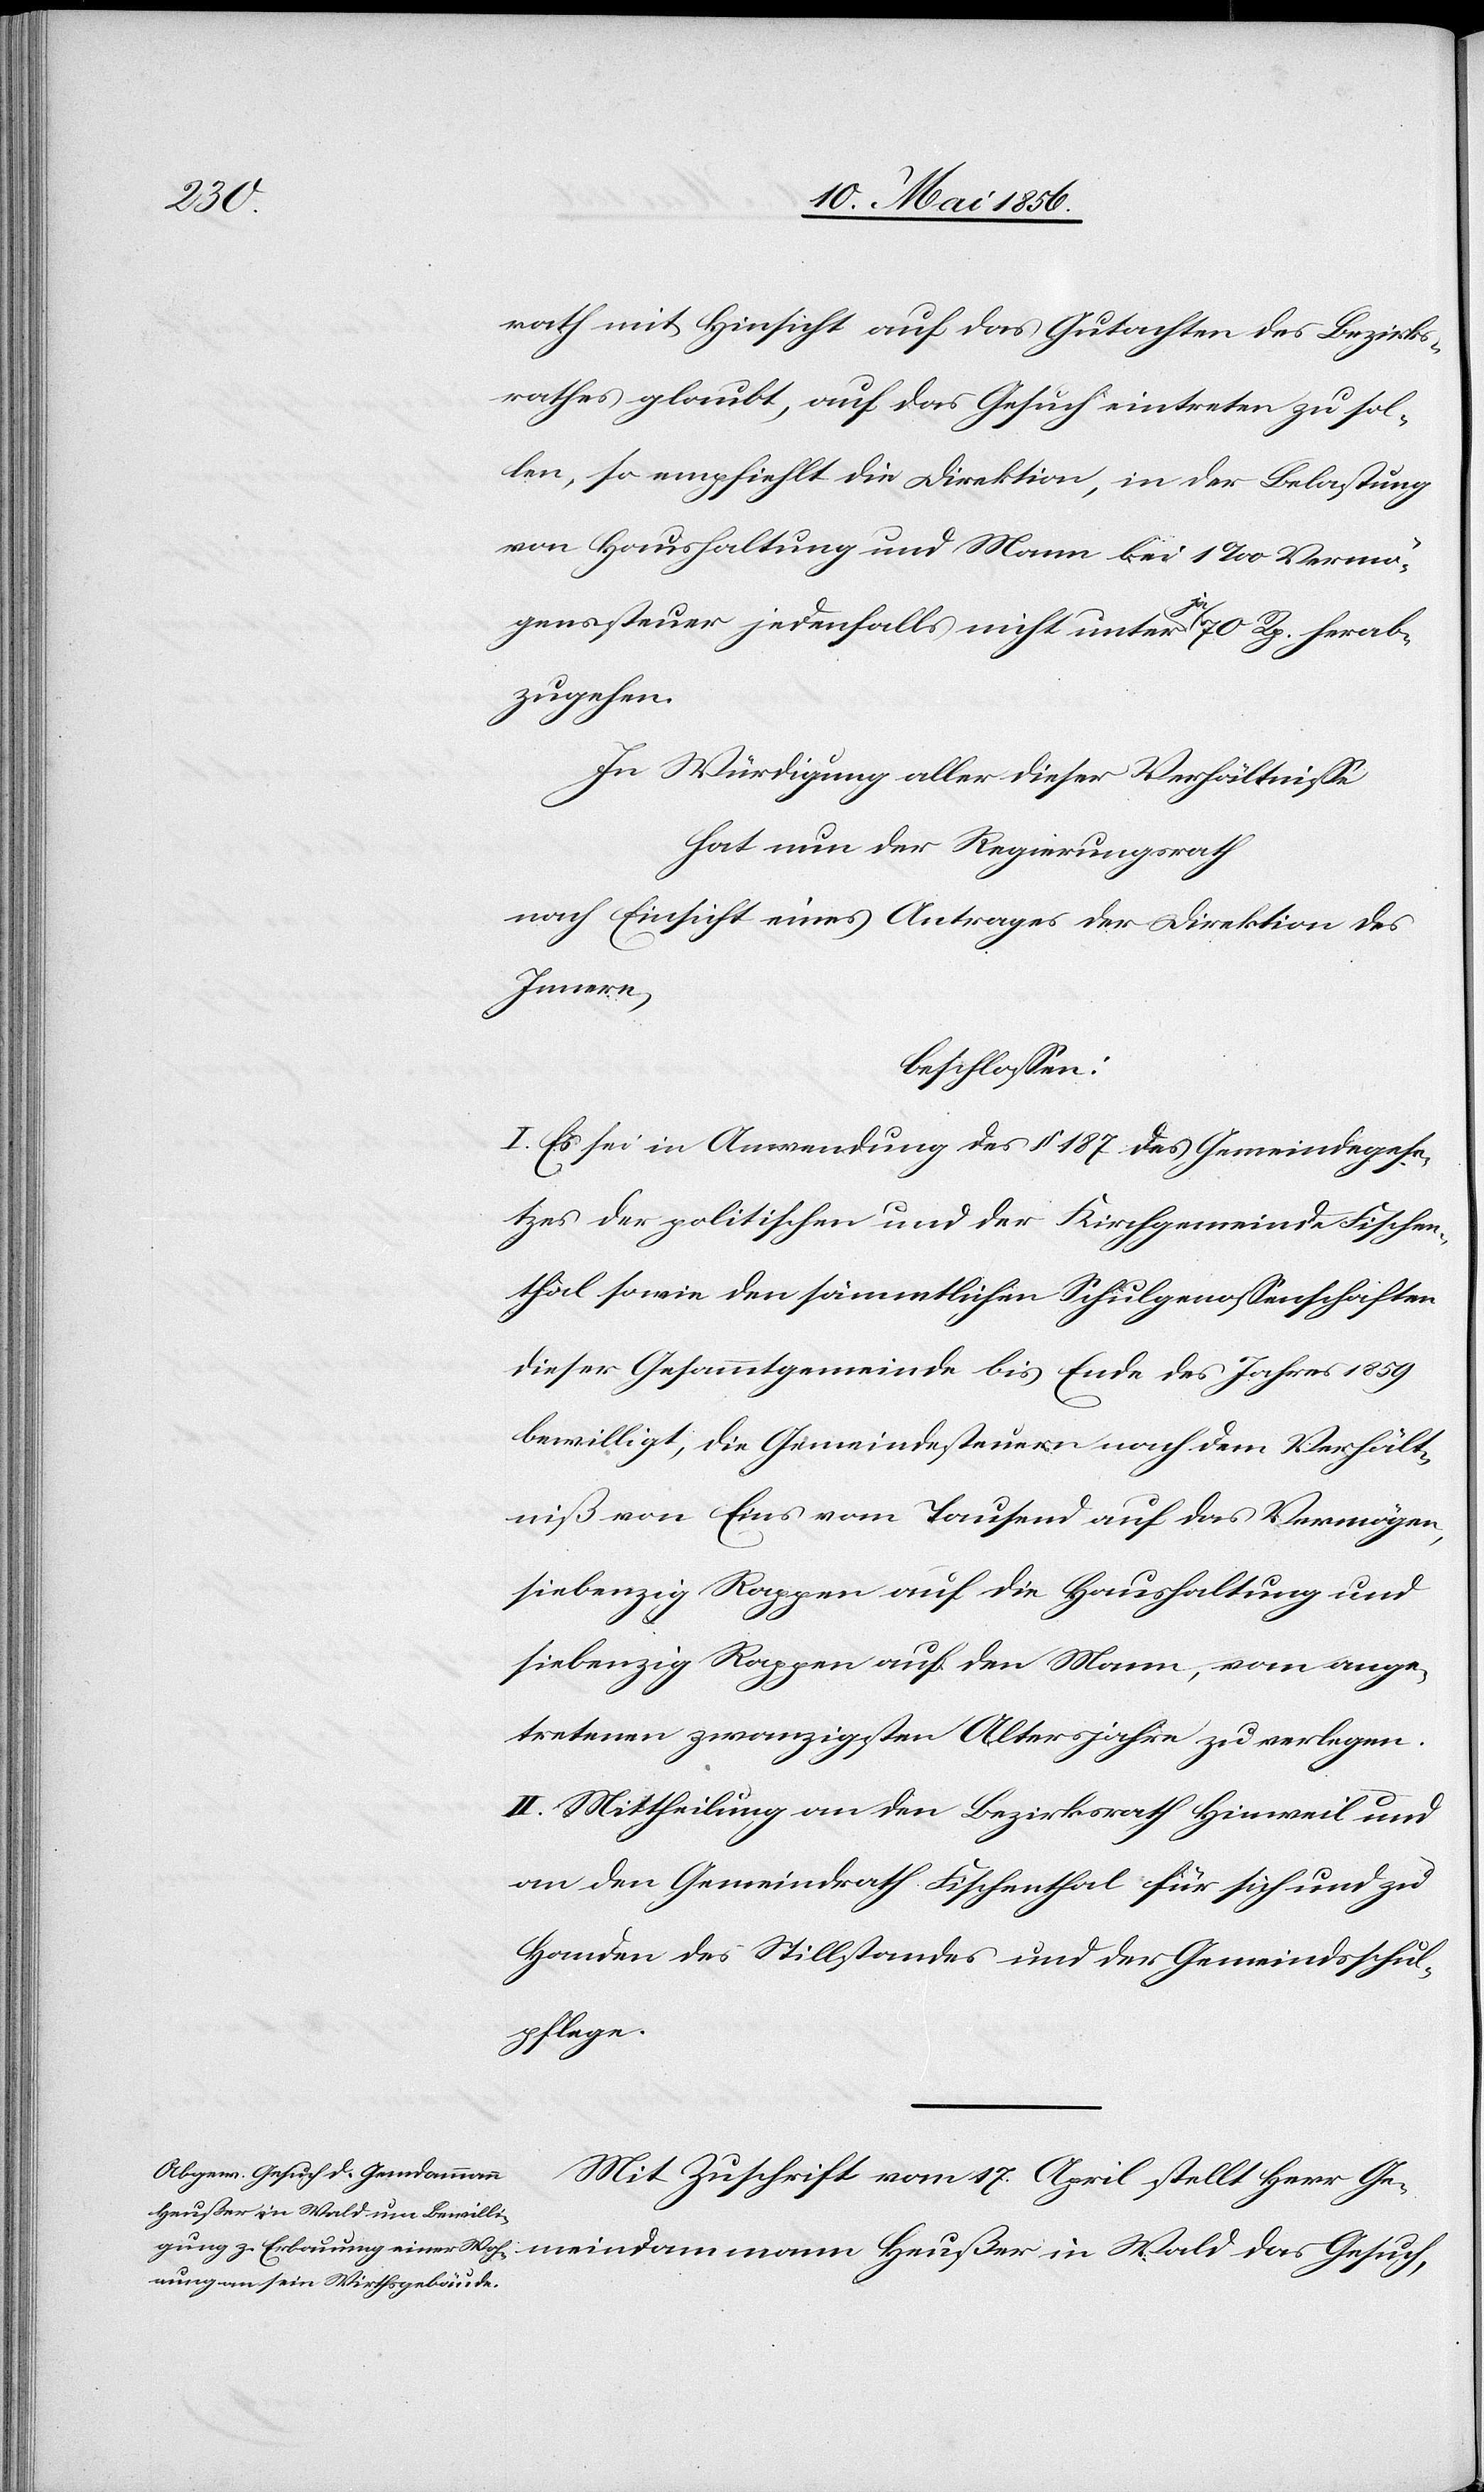
Wald

rath mit Hinsicht auf das Gutachten des Bezirks¬
rathes glaubt, auf das Gesuch eintreten zu sol¬
len, so empfiehlt die Direktion, in der Belastung
von Haushaltung und Mann bei 1 ‰ Vermö¬
genssteuer jedenfalls nicht unter ajea 70 Rp. herab¬
zugehen.
In Würdigung aller dieser Verhältnisse
hat nun der Regierungsrath
nach Einsicht eines Antrages der Direktion des
Innern,
beschlossen:
I. Es sei in Anwendung des § 187 des Gemeindegese¬
tzes der politischen und der Kirchgemeinde Fischen¬
thal sowie den sämmtlichen Schulgenossenschaften
dieser Gesammtgemeinde bis Ende des Jahres 1859
bewilligt, die Gemeindesteuern nach dem Verhält¬
niß von Eins vom Tausend auf das Vermögen,
siebenzig Rappen auf die Haushaltung und
siebenzig Rappen auf den Mann, vom ange¬
tretenen zwanzigsten Altersjahre zu verlegen.
II. Mittheilung an den Bezirksrath Hinweil und
an den Gemeindrath Fischenthal für sich und zu
Handen des Stillstandes und der Gemeindsschul¬
pflege.
Mit Zuschrift vom 17. April stellt Herr Ge¬